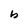
Character: b